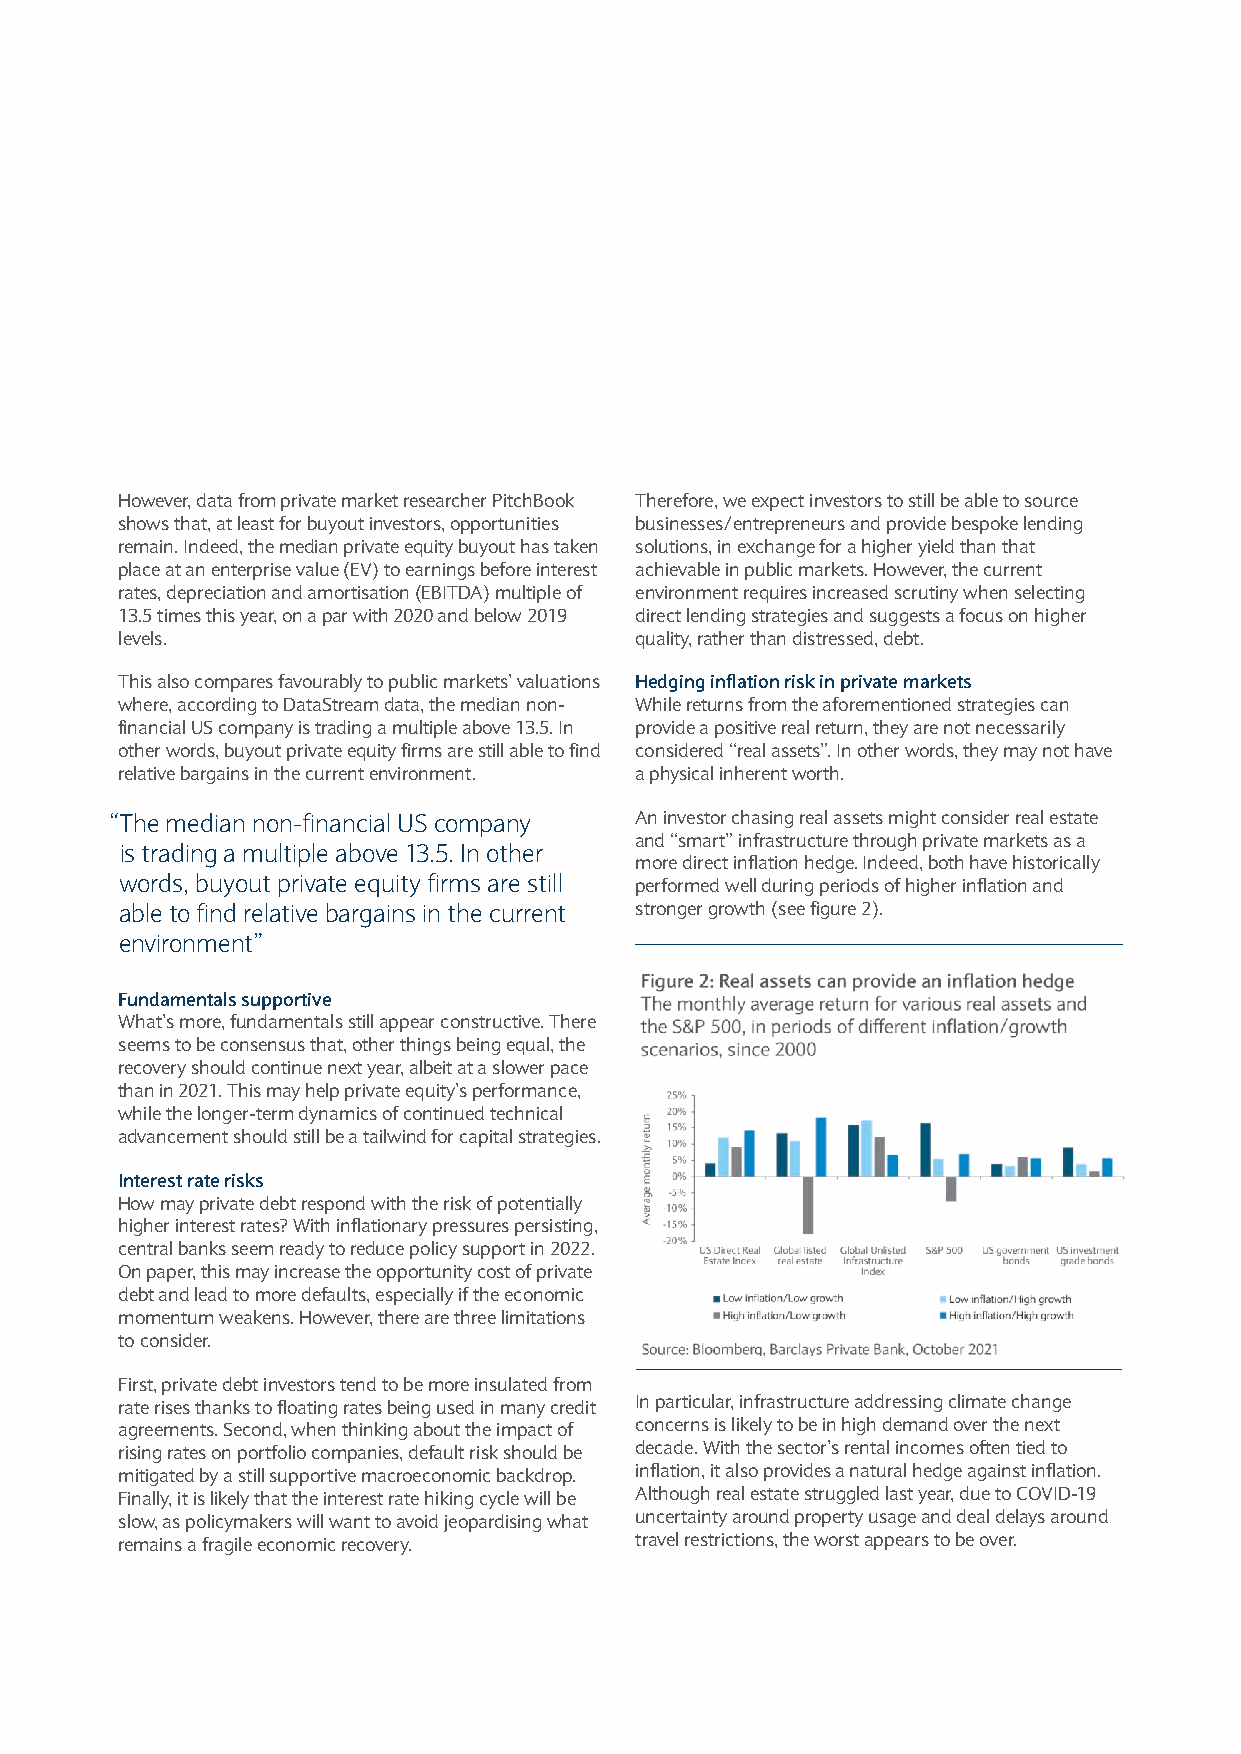
However, data from private market researcher PitchBook Therefore, we expect investors to still be able to source
 shows that, at least for buyout investors, opportunities businesses/entrepreneurs and provide bespoke lending
 remain. Indeed, the median private equity buyout has taken solutions, in exchange for a higher yield than that
 place at an enterprise value (EV) to earnings before interest achievable in public markets. However, the current
 rates, depreciation and amortisation (EBITDA) multiple of environment requires increased scrutiny when selecting
 13.5 times this year, on a par with 2020 and below 2019 direct lending strategies and suggests a focus on higher
 levels.                           quality, rather than distressed, debt.
 This also compares favourably to public markets’ valuations Hedging inflation risk in private markets
 where, according to DataStream data, the median non- While returns from the aforementioned strategies can
 financial US company is trading a multiple above 13.5. In provide a positive real return, they are not necessarily
 other words, buyout private equity firms are still able to find considered “real assets”. In other words, they may not have
 relative bargains in the current environment. a physical inherent worth.
 “The median non-financial US company An investor chasing real assets might consider real estate
 and “smart” infrastructure through private markets as a
 is trading a multiple above 13.5. In other
 more direct inflation hedge. Indeed, both have historically
 words, buyout private equity firms are still performed well during periods of higher inflation and
 able to find relative bargains in the current stronger growth (see figure 2).
 environment”
 Fundamentals supportive
 What’s more, fundamentals still appear constructive. There
 seems to be consensus that, other things being equal, the
 recovery should continue next year, albeit at a slower pace
 than in 2021. This may help private equity’s performance,
 while the longer-term dynamics of continued technical
 advancement should still be a tailwind for capital strategies.
 Interest rate risks
 How may private debt respond with the risk of potentially
 higher interest rates? With inflationary pressures persisting,
 central banks seem ready to reduce policy support in 2022.
 On paper, this may increase the opportunity cost of private
 debt and lead to more defaults, especially if the economic
 momentum weakens. However, there are three limitations
 to consider.
 First, private debt investors tend to be more insulated from
 rate rises thanks to floating rates being used in many credit In particular, infrastructure addressing climate change
 agreements. Second, when thinking about the impact of concerns is likely to be in high demand over the next
 rising rates on portfolio companies, default risk should be decade. With the sector’s rental incomes often tied to
 mitigated by a still supportive macroeconomic backdrop. inflation, it also provides a natural hedge against inflation.
 Finally, it is likely that the interest rate hiking cycle will be Although real estate struggled last year, due to COVID-19
 slow, as policymakers will want to avoid jeopardising what uncertainty around property usage and deal delays around
 remains a fragile economic recovery. travel restrictions, the worst appears to be over.